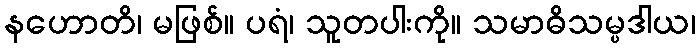
နဟောတိ၊ မဖြစ်။ ပရံ၊ သူတပါးကို။ သမာဓိသမ္ပဒါယ၊